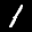
Label: 1